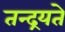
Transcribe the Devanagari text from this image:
तन्द्रयते